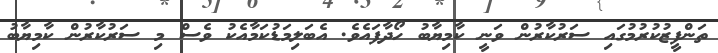
ތަންފީޒުކުރުމުގައި ސަރުކާރުން ވަނީ ކާމިޔާބު ހޯދާފައެވެ. އެބަލިމަޑުކަމާއެކު ވެސް މި ސަރުކާރުން ކާމިޔާބު